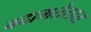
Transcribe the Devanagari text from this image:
बदामतेलात